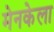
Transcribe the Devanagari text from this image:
मेनकेला